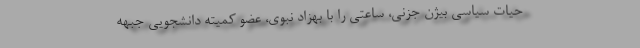
حیات سیاسی بیژن جزنی، ساعتی را با بهزاد نبوی، عضو كمیته دانشجویی جبهه